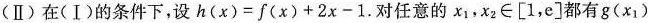
(Ⅱ)在(Ⅰ)的条件下，设$$h ( x ) = f ( x ) + 2 x - 1$$.对任意的x_{1]，x_{2}\in[1，e]都有$$g ( x _ { 1 } )